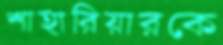
শাহারিয়ারকে